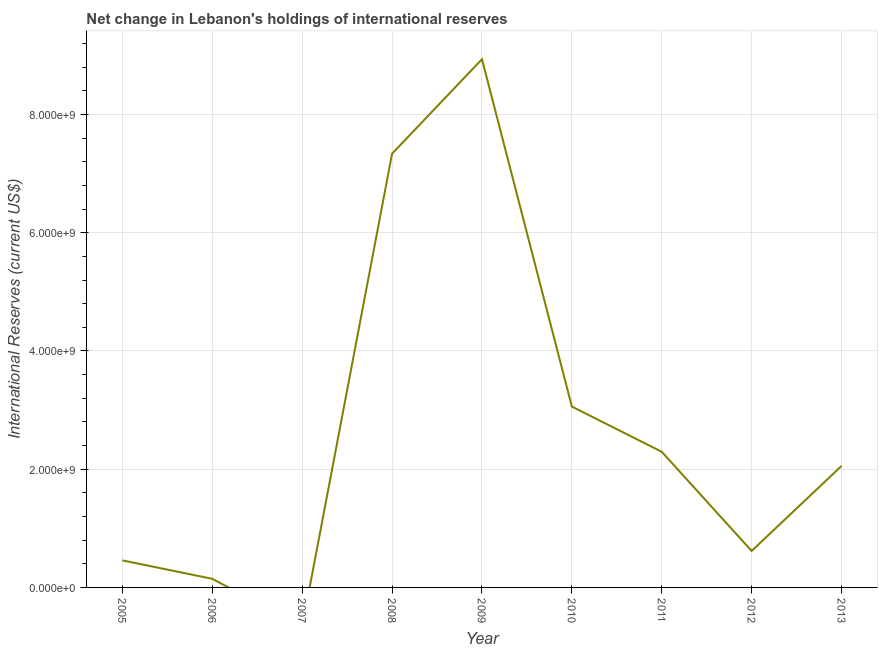
| Year | Reserves and related items |
 | --- | --- |
 | 2005 | 4.58e+08 |
 | 2006 | 1.46e+08 |
 | 2007 | -6.65e+08 |
 | 2008 | 7.34e+09 |
 | 2009 | 8.94e+09 |
 | 2010 | 3.06e+09 |
 | 2011 | 2.29e+09 |
 | 2012 | 6.17e+08 |
 | 2013 | 2.06e+09 |